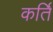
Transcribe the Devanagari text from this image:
कर्ति